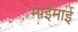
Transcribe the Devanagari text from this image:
माईमाई